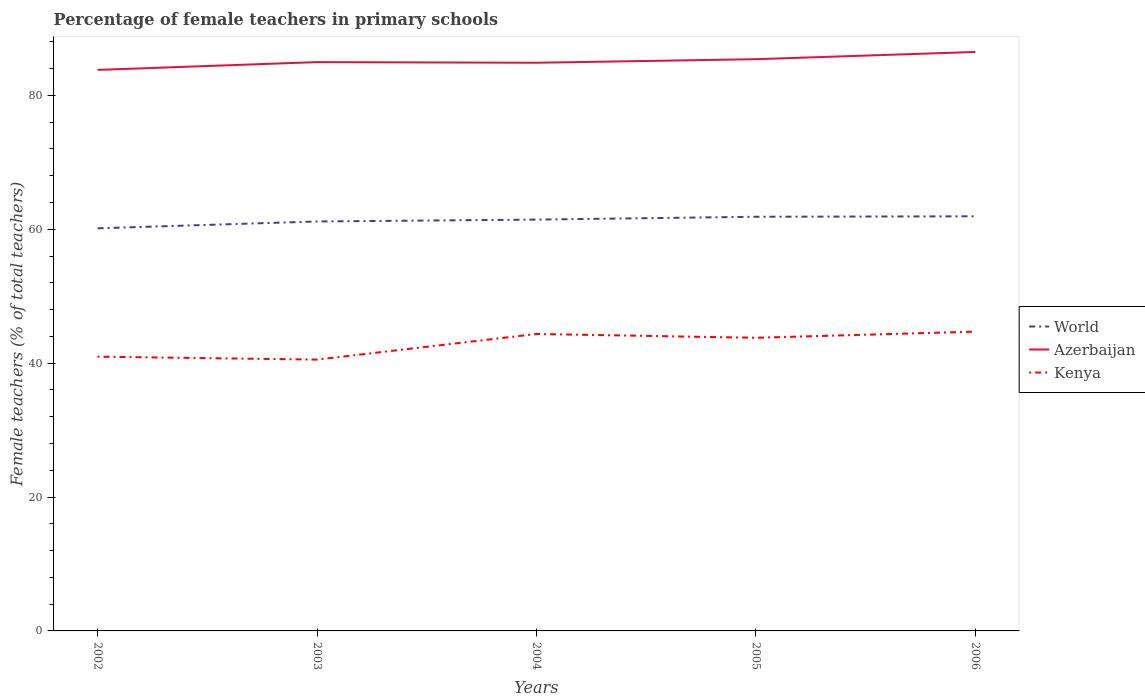
| Years | World | Azerbaijan | Kenya |
 | --- | --- | --- | --- |
 | 2002 | 60.1 | 83.8 | 41 |
 | 2003 | 61.2 | 85 | 40.5 |
 | 2004 | 61.4 | 84.9 | 44.4 |
 | 2005 | 61.9 | 85.4 | 43.8 |
 | 2006 | 61.9 | 86.5 | 44.7 |